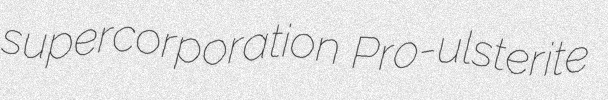
supercorporation Pro-ulsterite